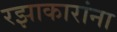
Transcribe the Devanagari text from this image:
रझाकारांना